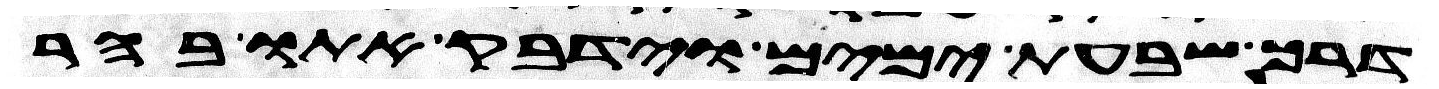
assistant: דרך שבעת ימים וידבק אתו בהר